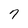
Character: 7